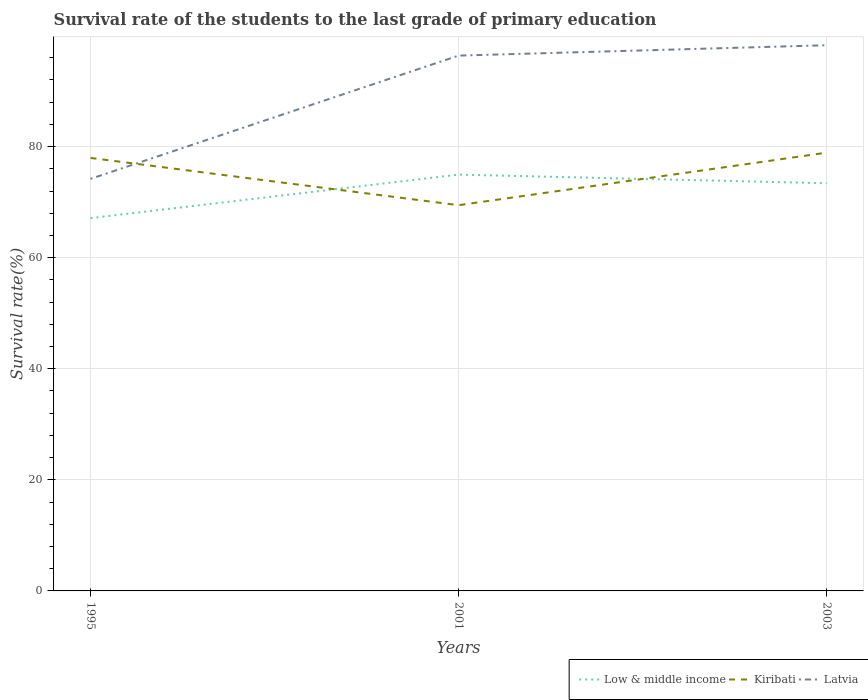
| Years | Low & middle income | Kiribati | Latvia |
 | --- | --- | --- | --- |
 | 1995 | 67.1 | 78 | 74.2 |
 | 2001 | 75 | 69.4 | 96.4 |
 | 2003 | 73.4 | 78.9 | 98.2 |